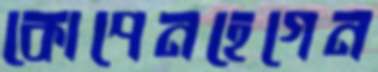
কোপেনহেগেন